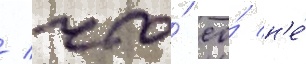
/ что́ ео́ н'е́